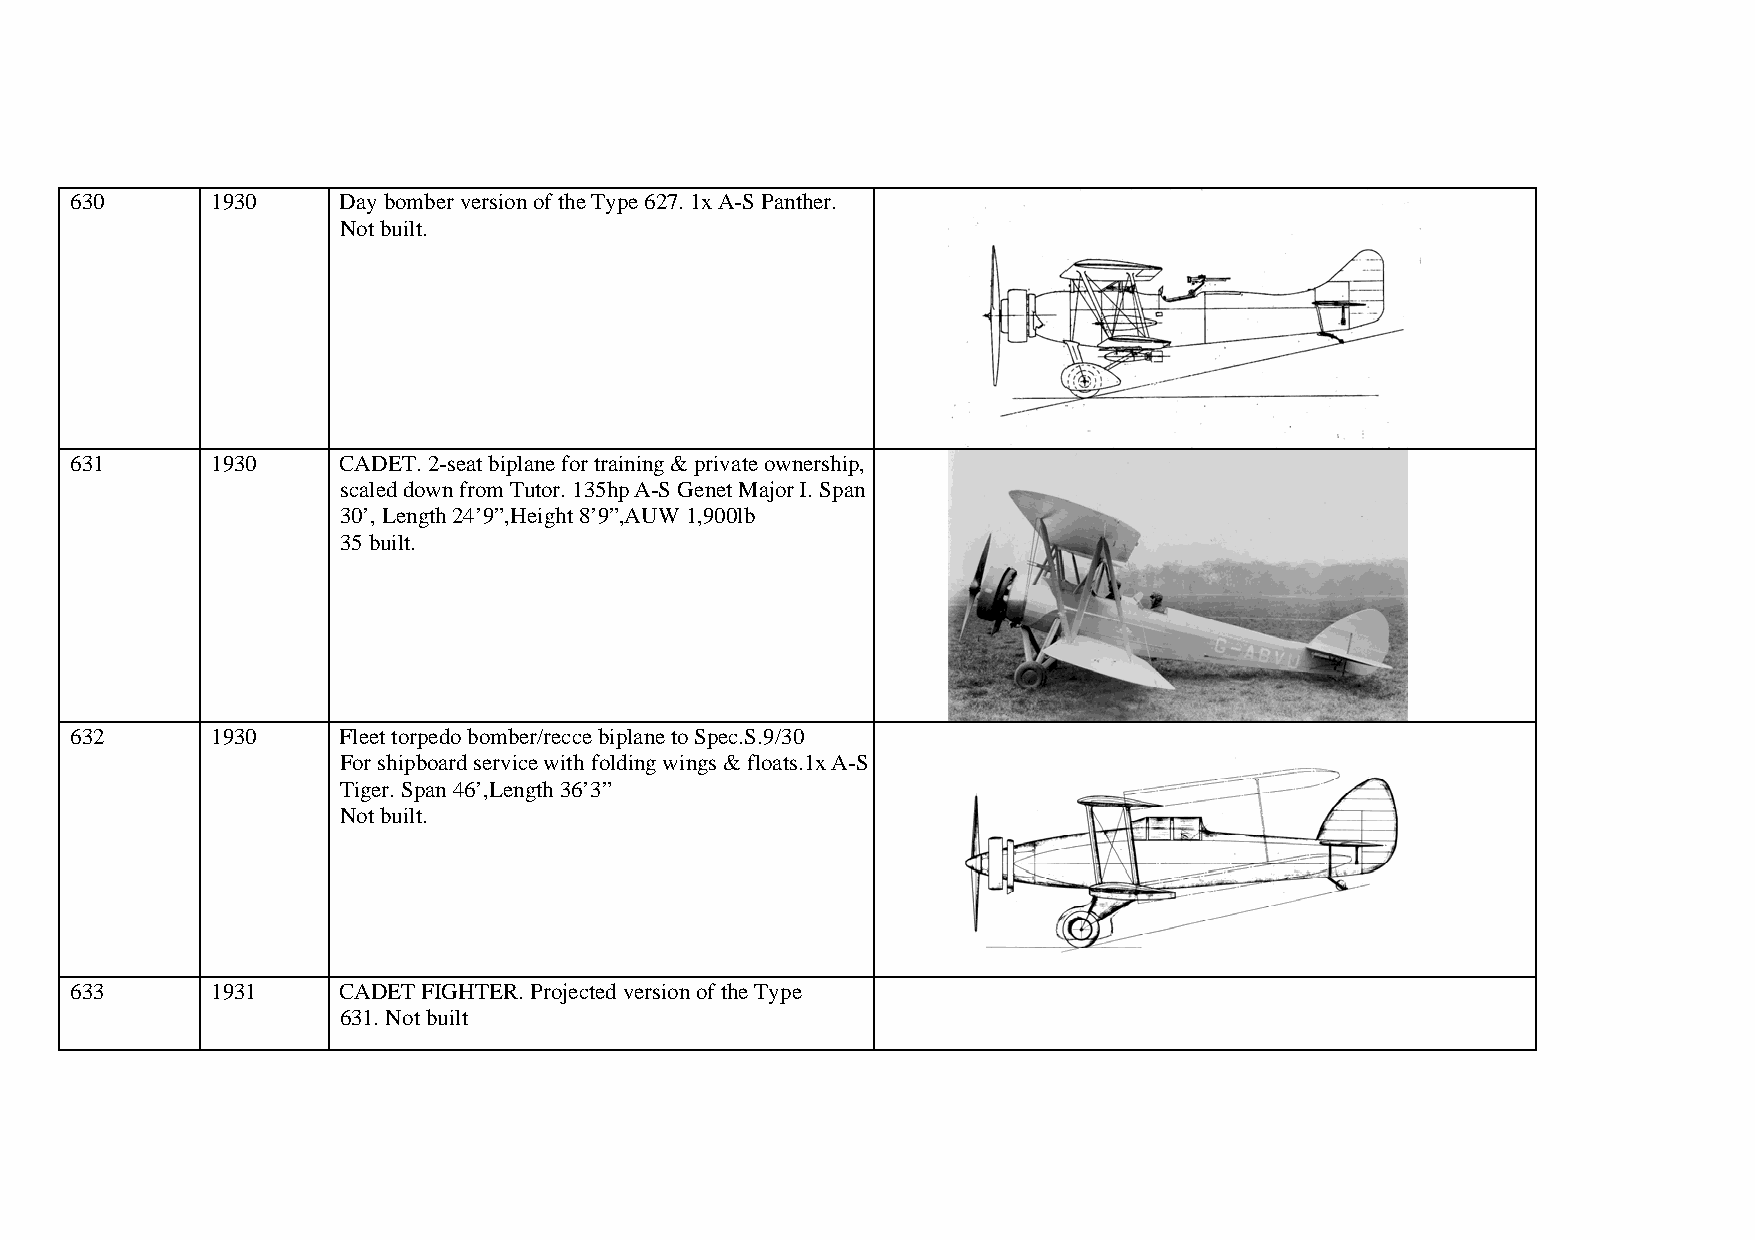
630      1930    Day bomber version of the Type 627. 1x A-S Panther.
 Not built.
 631      1930    CADET. 2-seat biplane for training & private ownership,
 scaled down from Tutor. 135hp A-S Genet Major I. Span
 30’, Length 24’9”,Height 8’9”,AUW 1,900lb
 35 built.
 632      1930    Fleet torpedo bomber/recce biplane to Spec.S.9/30
 For shipboard service with folding wings & floats.1x A-S
 Tiger. Span 46’,Length 36’3”
 Not built.
 633      1931    CADET FIGHTER. Projected version of the Type
 631. Not built